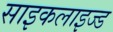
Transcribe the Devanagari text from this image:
साइकलाइज्ड